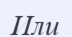
Или